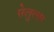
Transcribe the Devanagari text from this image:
सेलुलार